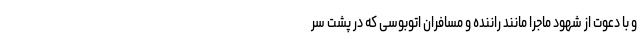
و با دعوت از شهود ماجرا مانند راننده و مسافران اتوبوسی که در پشت سر